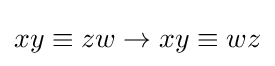
xy\equiv zw\rightarrow xy\equiv wz